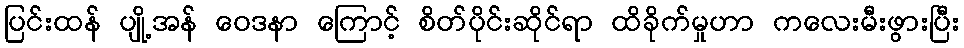
ပြင်းထန် ပျို့အန် ဝေဒနာ ကြောင့် စိတ်ပိုင်းဆိုင်ရာ ထိခိုက်မှုဟာ ကလေးမီးဖွားပြီး